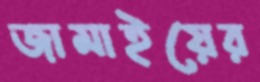
জামাইয়ের